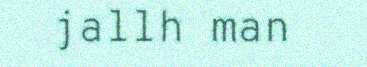
jallh man